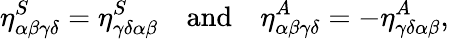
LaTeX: \eta_{\alpha\beta\gamma\delta}^{S}=\eta_{\gamma\delta\alpha\beta}^{S}\quad\textrm{and}\quad\eta_{\alpha\beta\gamma\delta}^{A}=-\eta_{\gamma\delta\alpha\beta}^{A},